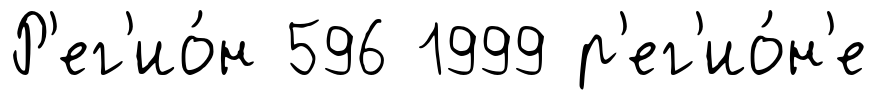
Р'ег'ио́н 596 1999 р'ег'ио́н'е